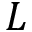
L